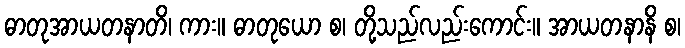
ဓာတုအာယတနာတိ၊ ကား။ ဓာတုယော စ၊ တို့သည်လည်းကောင်း။ အာယတနာနိ စ၊